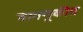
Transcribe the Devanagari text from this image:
वागणूकीत